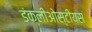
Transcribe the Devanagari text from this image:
डंक्लीओस्टीयस